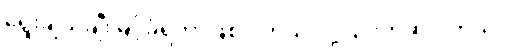
ရွေးချယ်ချီးမြှင့်ခံရတာဖြစ်ပါတယ် လို့ ၎င်းကဆိုပါတယ်။